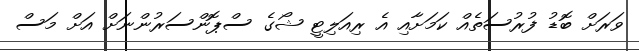
ވަރަށް ބޮޑު ފުރުސަތެއް ކަމަށާއި އެ ރިއަލިޓީ ޝޯގެ ސްޕޮންސަރުންނަށް އަށް މަސް